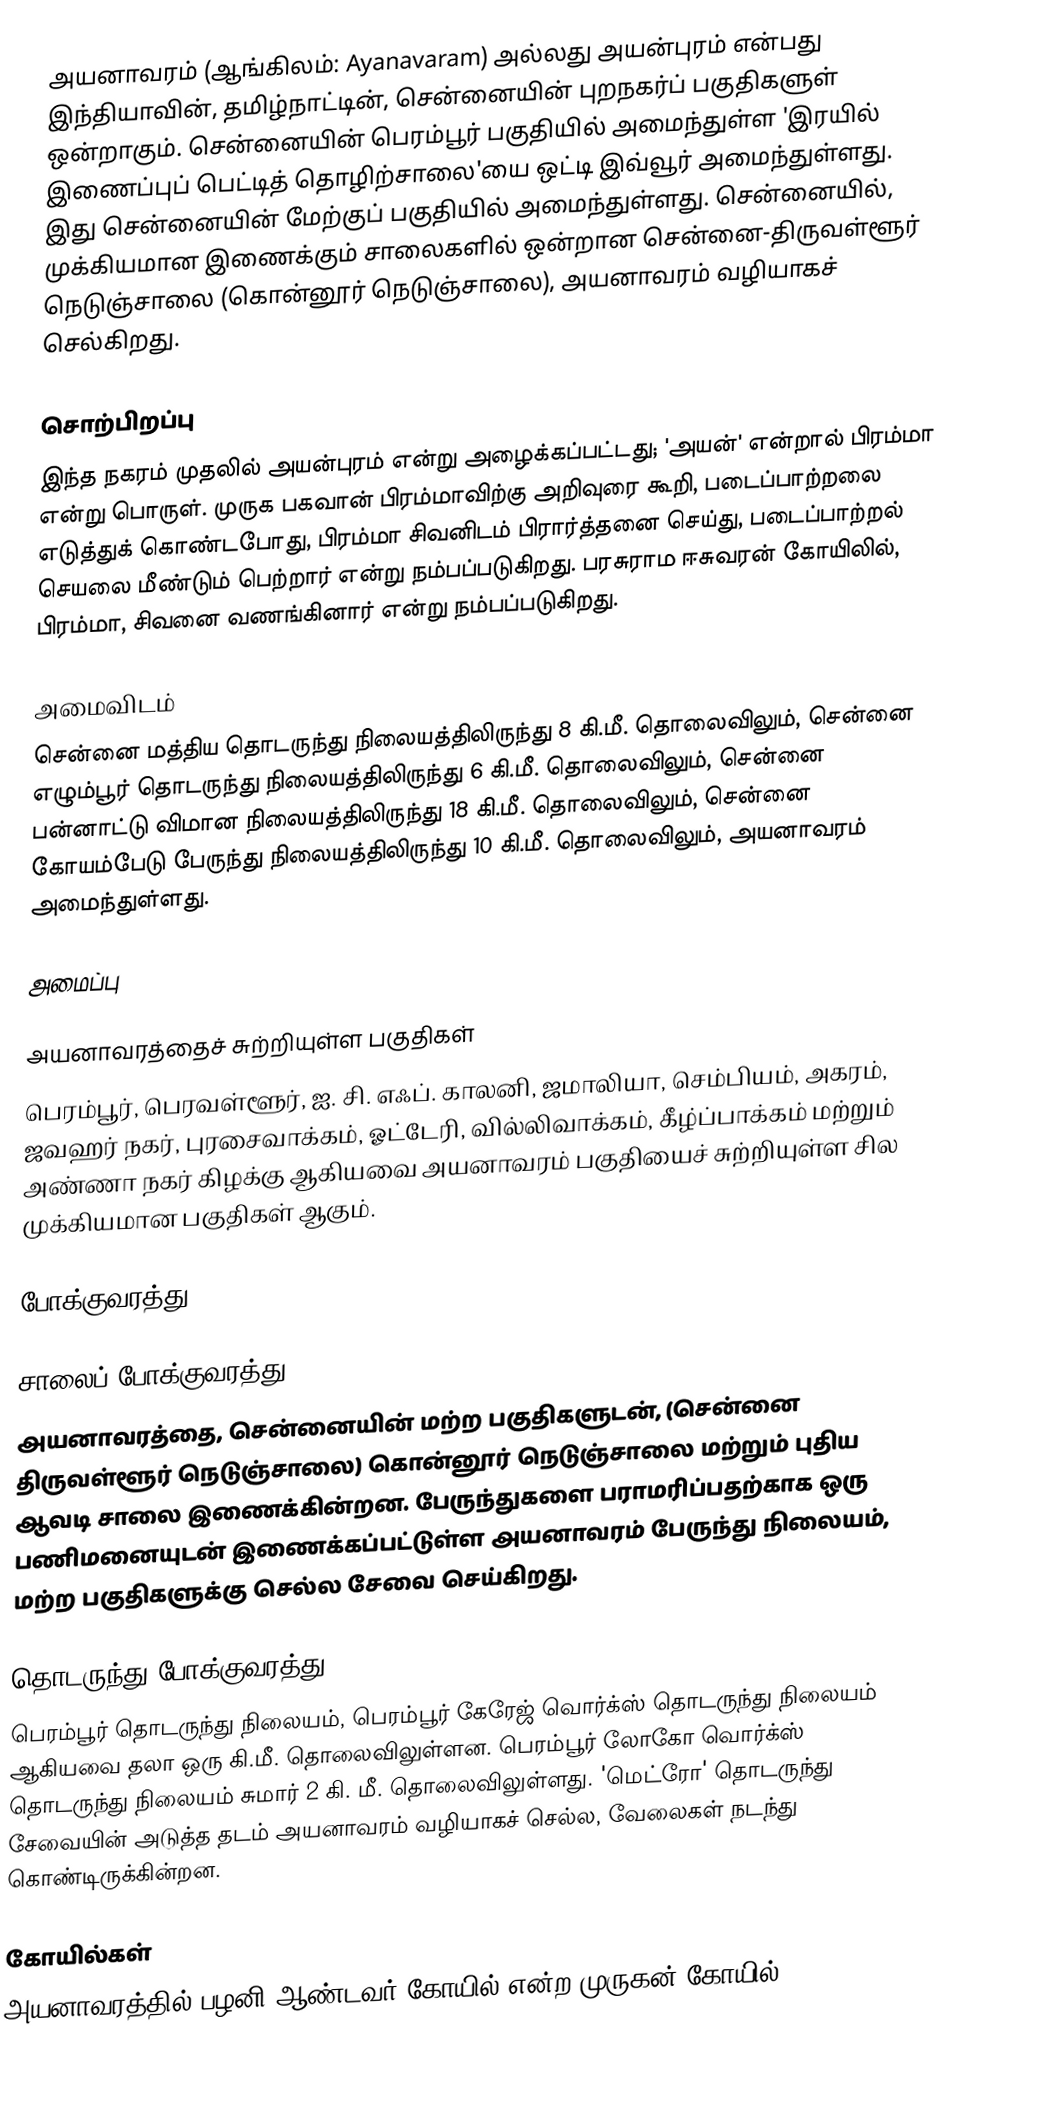
அயனாவரம் (ஆங்கிலம்: Ayanavaram) அல்லது அயன்புரம் என்பது இந்தியாவின், தமிழ்நாட்டின், சென்னையின் புறநகர்ப் பகுதிகளுள் ஒன்றாகும். சென்னையின் பெரம்பூர் பகுதியில் அமைந்துள்ள 'இரயில் இணைப்புப் பெட்டித் தொழிற்சாலை'யை ஒட்டி இவ்வூர் அமைந்துள்ளது. இது சென்னையின் மேற்குப் பகுதியில் அமைந்துள்ளது. சென்னையில், முக்கியமான இணைக்கும் சாலைகளில் ஒன்றான சென்னை-திருவள்ளூர் நெடுஞ்சாலை (கொன்னூர் நெடுஞ்சாலை), அயனாவரம் வழியாகச் செல்கிறது.

சொற்பிறப்பு
இந்த நகரம் முதலில் அயன்புரம் என்று அழைக்கப்பட்டது; 'அயன்' என்றால் பிரம்மா என்று பொருள். முருக பகவான் பிரம்மாவிற்கு அறிவுரை கூறி, படைப்பாற்றலை எடுத்துக் கொண்டபோது, பிரம்மா சிவனிடம் பிரார்த்தனை செய்து, படைப்பாற்றல் செயலை மீண்டும் பெற்றார் என்று நம்பப்படுகிறது. பரசுராம ஈசுவரன் கோயிலில், பிரம்மா, சிவனை வணங்கினார் என்று நம்பப்படுகிறது.

அமைவிடம்
சென்னை மத்திய தொடருந்து நிலையத்திலிருந்து 8 கி.மீ. தொலைவிலும், சென்னை எழும்பூர் தொடருந்து நிலையத்திலிருந்து 6 கி.மீ. தொலைவிலும், சென்னை பன்னாட்டு விமான நிலையத்திலிருந்து 18 கி.மீ. தொலைவிலும், சென்னை கோயம்பேடு பேருந்து நிலையத்திலிருந்து 10 கி.மீ. தொலைவிலும், அயனாவரம் அமைந்துள்ளது.

அமைப்பு

அயனாவரத்தைச் சுற்றியுள்ள பகுதிகள்
பெரம்பூர், பெரவள்ளூர், ஐ. சி. எஃப். காலனி, ஜமாலியா, செம்பியம், அகரம், ஜவஹர் நகர், புரசைவாக்கம், ஓட்டேரி, வில்லிவாக்கம், கீழ்ப்பாக்கம் மற்றும் அண்ணா நகர் கிழக்கு ஆகியவை அயனாவரம் பகுதியைச் சுற்றியுள்ள சில  முக்கியமான பகுதிகள் ஆகும்.

போக்குவரத்து

சாலைப் போக்குவரத்து
அயனாவரத்தை, சென்னையின் மற்ற பகுதிகளுடன், (சென்னை திருவள்ளூர் நெடுஞ்சாலை) கொன்னூர் நெடுஞ்சாலை மற்றும் புதிய ஆவடி சாலை இணைக்கின்றன. பேருந்துகளை பராமரிப்பதற்காக ஒரு பணிமனையுடன் இணைக்கப்பட்டுள்ள அயனாவரம் பேருந்து நிலையம், மற்ற பகுதிகளுக்கு செல்ல சேவை செய்கிறது.

தொடருந்து போக்குவரத்து
 பெரம்பூர் தொடருந்து நிலையம், பெரம்பூர் கேரேஜ் வொர்க்ஸ் தொடருந்து நிலையம் ஆகியவை தலா ஒரு கி.மீ. தொலைவிலுள்ளன. பெரம்பூர் லோகோ வொர்க்ஸ் தொடருந்து நிலையம் சுமார் 2 கி. மீ. தொலைவிலுள்ளது. 'மெட்ரோ' தொடருந்து சேவையின் அடுத்த தடம் அயனாவரம் வழியாகச் செல்ல, வேலைகள் நடந்து கொண்டிருக்கின்றன.

கோயில்கள்
அயனாவரத்தில் பழனி ஆண்டவர் கோயில் என்ற முருகன் கோயில்